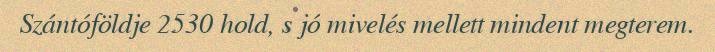
Szántóföldje 2530 hold, s jó mivelés mellett mindent megterem.